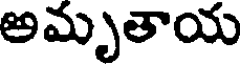
అమృతాయ